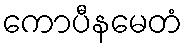
ကောပီနမေတံ